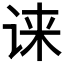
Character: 𫍧